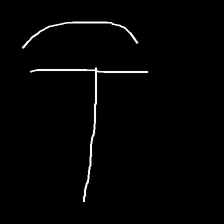
Glyph: dispersion